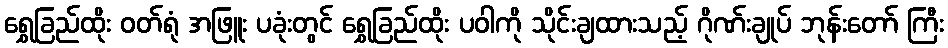
ရွှေခြည်ထိုး ဝတ်ရုံ အဖြူး ပခုံးတွင် ရွှေခြည်ထိုး ပဝါကို သိုင်းချထားသည့် ဂိုဏ်းချုပ် ဘုန်းတော် ကြီး